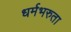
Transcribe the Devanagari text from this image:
धर्मभरुता